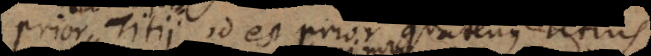
prior Titii, id est prior quatenus Titius